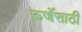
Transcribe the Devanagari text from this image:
ऊर्जेसाठी